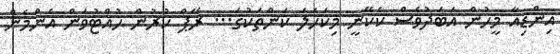
އިންޑިއާ މީހުން އަބަދުވެސް ކެކޭނީ މިކަހަލަ ކަންތަކުގަ... ރޭޕް ކުރުން ހުއްޓުވަން އެންމެން